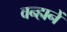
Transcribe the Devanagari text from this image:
वन्हानें